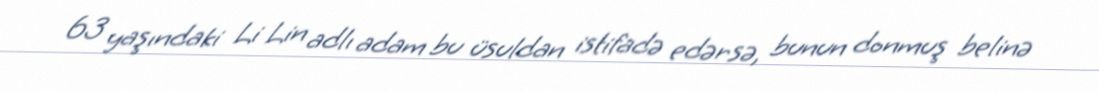
63 yaşındaki Li Lin adlı adam bu üsuldan istifadə edərsə, bunun donmuş belinə